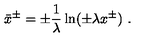
\bar { x } ^ { \pm } = \pm { \frac { 1 } { \lambda } } \ln ( \pm \lambda x ^ { \pm } ) \ .